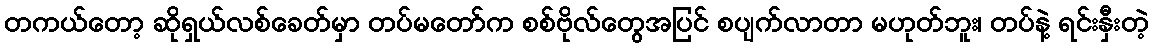
တကယ်တော့ ဆိုရှယ်လစ်ခေတ်မှာ တပ်မတော်က စစ်ဗိုလ်တွေအပြင် စပျက်လာတာ မဟုတ်ဘူး၊ တပ်နဲ့ ရင်းနှီးတဲ့